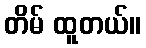
တိမ် ထူတယ်။